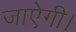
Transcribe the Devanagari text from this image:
जाऐगी।